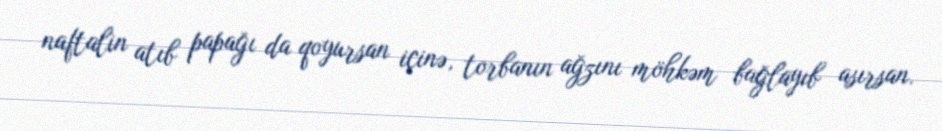
naftalin atıb papağı da qoyursan içinə, torbanın ağzını möhkəm bağlayıb asırsan.